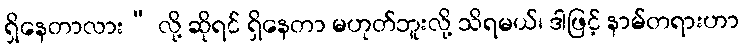
ရှိနေတာလား” လို့ ဆိုရင် ရှိနေတာ မဟုတ်ဘူးလို့ သိရမယ်၊ ဒါဖြင့် နာမ်တရားဟာ